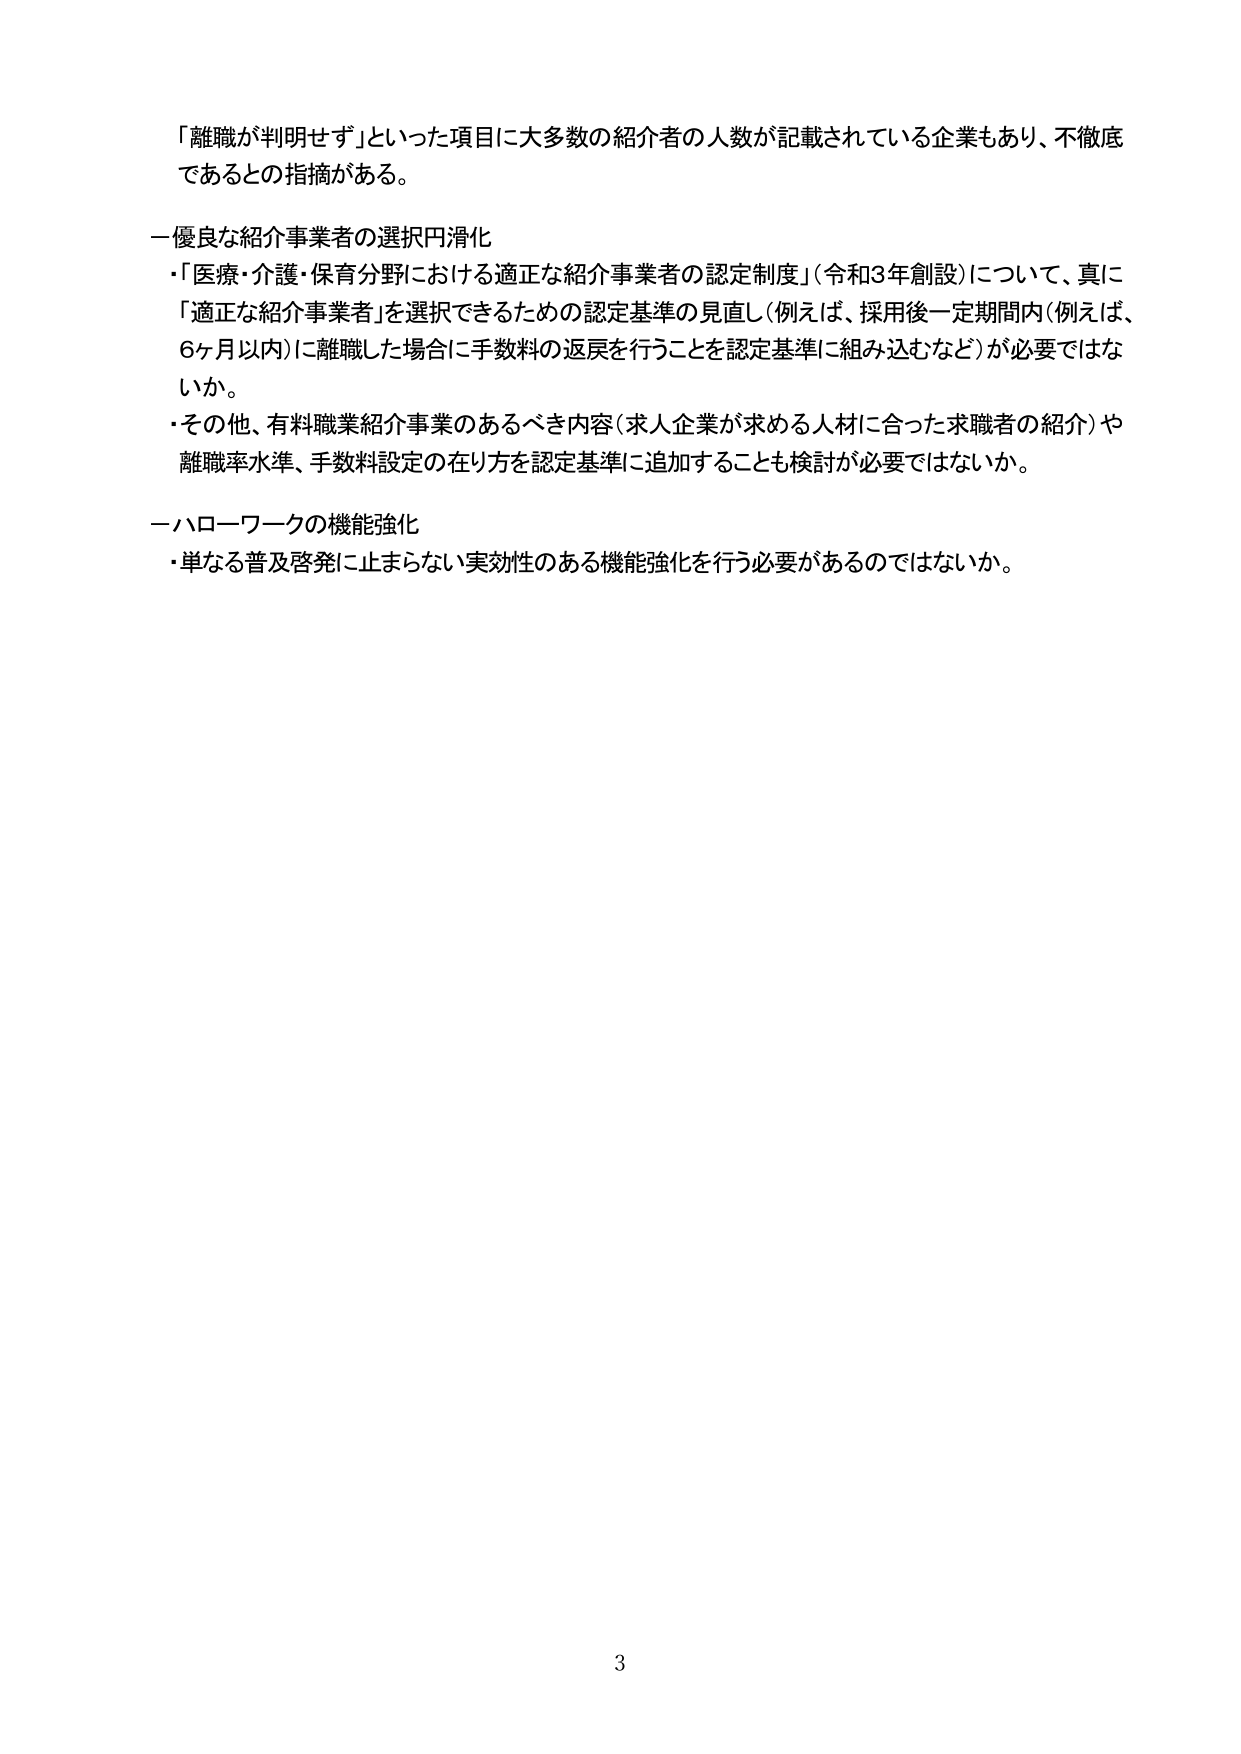
「離職が判明せず」といった項目に大多数の紹介者の人数が記載されている企業もあり、不徹底であるとの指摘がある。

一優良な紹介事業者の選択円滑化
・「医療・介護・保育分野における適正な紹介事業者の認定制度」（令和3年創設）について、真に「適正な紹介事業者」を選択できるための認定基準の見直し（例えば、採用後一定期間内（例えば、6ヶ月以内）に離職した場合に手数料の返戻を行うことを認定基準に組み込むなど）が必要ではないか。
・その他、有料職業紹介事業のあるべき内容（求人企業が求める人材に合った求職者の紹介）や離職率水準、手数料設定の在り方を認定基準に追加することも検討が必要ではないか。

一ハローワークの機能強化
・単なる普及啓発に止まらない実効性のある機能強化を行う必要があるのではないか。

3